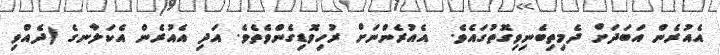
އެއުރެން އަބަދަށް ދެމިތިބެނިވިގޮތުގައެވެ.  އެއުރެންނަށް ރުހިވޮޑިގެންވެތެވެ. އަދި އެއުރެން އެކަލާނގެ (ދެއްވި